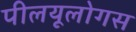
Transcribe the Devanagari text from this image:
पीलयूलोगस